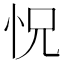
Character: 怳